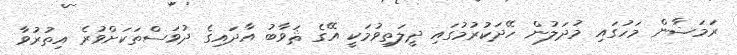
ރަމަޟާން މަހުގައި މުދަލުން ހޭދަކުރުމުގައި ދީލަތިވުމަކީ އޭގެ ޘަވާބު އާދައިގެ ދުވަސްތަކަށްވުރެ އިތުރުވާ